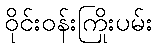
ဝိုင်းဝန်းကြိုးပမ်း